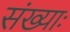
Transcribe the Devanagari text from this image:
संख्याः